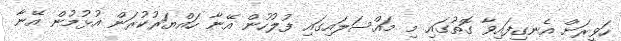
ހަވީރަށް އެނގިފައިވާ ގޮތުގައި މި މައްސަލައިގައި ފުލުހުން އޭނާ ހައްޔަރުކުރަން އުޅުމުން އޭނާ